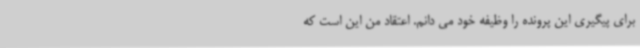
برای پیگیری این پرونده را وظیفه خود می دانم. اعتقاد من این است که